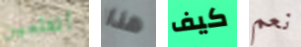
أتعلمين هذا كيف نعم